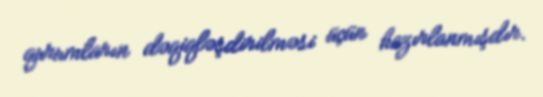
qurumların dəqiqləşdirilməsi üçün hazırlanmışdır.